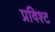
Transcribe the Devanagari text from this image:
प्रविश्ट